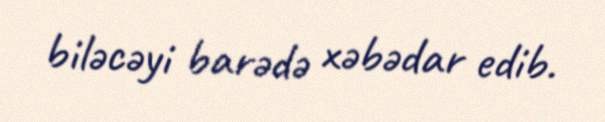
biləcəyi barədə xəbədar edib.